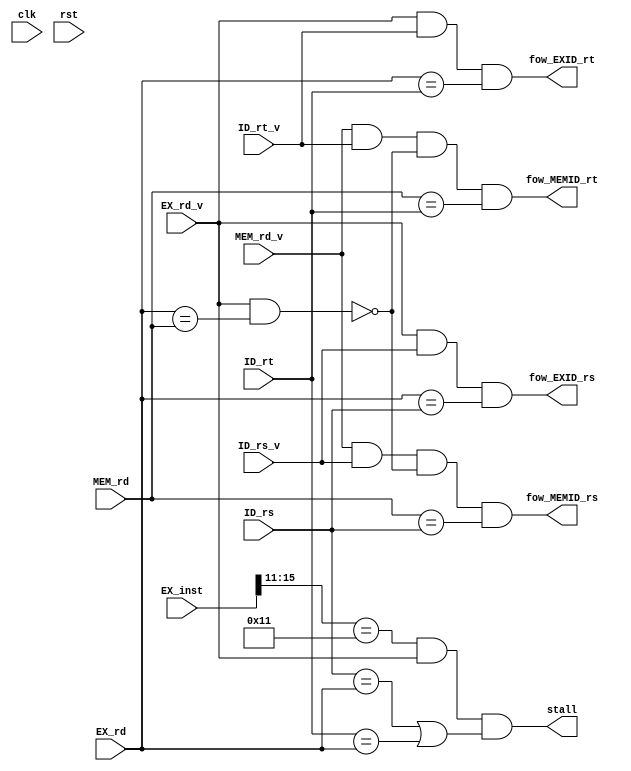
module Harzard(ID_rs, ID_rt, EX_rd,MEM_rd,ID_rs_v, ID_rt_v, EX_rd_v,MEM_rd_v,EX_inst,fow_EXID_rs,fow_EXID_rt, fow_MEMID_rs,fow_MEMID_rt,stall,clk,rst);

input[2:0] ID_rs, ID_rt, EX_rd,MEM_rd;
input ID_rs_v, ID_rt_v, EX_rd_v,MEM_rd_v;
input [15:0] EX_inst;
input rst,clk;


output fow_EXID_rs,fow_EXID_rt, fow_MEMID_rs,fow_MEMID_rt;//foward signal from which stage to which rs/rt reg
output  stall;

//reg [1:0]stall_cnt;
//wire [1:0]stall_cnt_q;
//wire stall_LD;

//data Hazard (most recent execution result)

assign fow_EXID_rs = (EX_rd_v&ID_rs_v&(EX_rd==ID_rs));
assign fow_EXID_rt = (EX_rd_v&ID_rt_v&(EX_rd==ID_rt));
assign fow_MEMID_rs = (MEM_rd_v&ID_rs_v&~(EX_rd_v&(EX_rd==MEM_rd))&(MEM_rd==ID_rs));
assign fow_MEMID_rt = (MEM_rd_v&ID_rt_v&~(EX_rd_v&(EX_rd==MEM_rd))&(MEM_rd==ID_rt));
/*
//stall 2 cycles
dff st_cnt0(.q(stall_cnt_q[0]),.d(stall_cnt[0]),.clk(clk),.rst(rst));
dff st_cnt1(.q(stall_cnt_q[1]),.d(stall_cnt[1]),.clk(clk),.rst(rst));
*/
//assign stall = stall_LD;
/*
always @ * begin
case(stall_LD)
  1'b1: 
  begin
  case(stall_cnt_q) 
    2'b00: 
    begin
      stall_cnt = 2'b01;
      stall = 1'b1;
    end
    2'b01:
    begin
      stall_cnt = 2'b10;
      stall = 1'b1;
    end
    2'b01: 
    begin
      stall_cnt = 2'b00;
      stall = 1'b0;
    end
    default: 
    begin
      stall_cnt = 2'b00;
      stall = 1'b0;
    end
  
  endcase
  end
  1'b0: 
  begin
    stall_cnt = 2'b00;
    stall = 1'b0;
  end
endcase
end
*/
    
//assign stall_LD = (EX_inst[15:11]==5'b10001);
assign stall = ((EX_inst[15:11]==5'b10001)&EX_rd_v)&((ID_rs==EX_rd)|(ID_rt==EX_rd));//optimized erroness stall
//assign stall = ((MEM_inst[15:11]==5'b10001)&MEM_rd_v)&((EX_rs==MEM_rd)|(EX_rt==MEM_rd));
endmodule